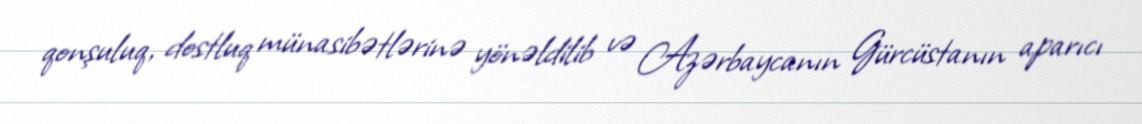
qonşuluq, dostluq münasibətlərinə yönəldilib və Azərbaycanın Gürcüstanın aparıcı